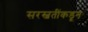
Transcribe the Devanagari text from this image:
सरस्वतींकडून